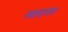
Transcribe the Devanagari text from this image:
स्वादमय